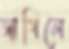
জাগিলে